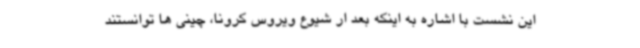
این نشست با اشاره به اینکه بعد ار شیوع ویروس کرونا، چینی ها توانستند